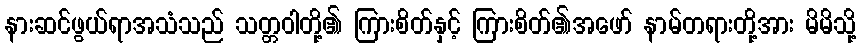
နားဆင်ဖွယ်ရာအသံသည် သတ္တဝါတို့၏ ကြားစိတ်နှင့် ကြားစိတ်၏အဖော် နာမ်တရားတို့အား မိမိသို့